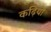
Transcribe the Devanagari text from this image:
कढ़ियों